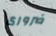
ضرورى